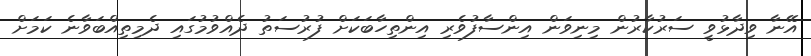
އޭނާ ވިދާޅުވީ ސަރުކާރުން މިނިވަން އިންސާފުވެރި އިންތިހާބަކަށް ފުރުސަތު ދެއްވުމުގައި ދެމިތިއްބަވާނެ ކަމަށް